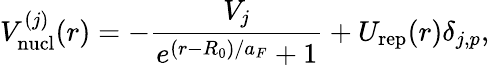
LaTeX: V_{\mathrm{nucl}}^{(j)}(r)=-\frac{V_{j}}{e^{(r-R_{0})/a_{F}}+1}+U_{\mathrm{rep}}(r)\delta_{j,p},